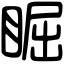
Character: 𥇣